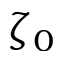
\zeta _ { 0 }